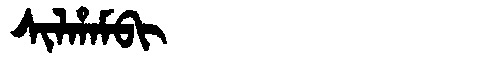
Manchu: ᠰᡳᠯᡥᠠᠮᠪᡳ
Romanization: SILHAMBI